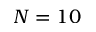
N = 1 0